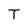
Character: T